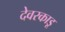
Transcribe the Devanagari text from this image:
देवरकाडू